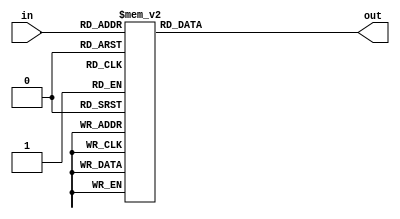
`define SYMBOL_WIDTH 4
`define N 10
`define K 8

module Symbol_Lookup
(
  input   wire [`SYMBOL_WIDTH-1:0] in,
  output  reg  [`SYMBOL_WIDTH-1:0] out
);
  always @* begin
    case(in)
      4'd0  : out <= 4'b0000;
      4'd1  : out <= 4'b1000;
      4'd2  : out <= 4'b0100;
      4'd3  : out <= 4'b0010;
      4'd4  : out <= 4'b0001;
      4'd5  : out <= 4'b1100;
      4'd6  : out <= 4'b0110;
      4'd7  : out <= 4'b0011;
      4'd8  : out <= 4'b1101;
      4'd9  : out <= 4'b1010;
      4'd10 : out <= 4'b0101;
      4'd11 : out <= 4'b1110;
      4'd12 : out <= 4'b0111;
      4'd13 : out <= 4'b1111;
      4'd14 : out <= 4'b1011;
      4'd15 : out <= 4'b1001;
    endcase
  end
endmodule

module Index_Lookup
(
  input   wire [`SYMBOL_WIDTH-1:0] in,
  output  reg  [`SYMBOL_WIDTH-1:0] out
);
  always @* begin
    case(in)
      4'b0000 : out <= 4'd0 ;
      4'b1000 : out <= 4'd1 ;
      4'b0100 : out <= 4'd2 ;
      4'b0010 : out <= 4'd3 ;
      4'b0001 : out <= 4'd4 ;
      4'b1100 : out <= 4'd5 ;
      4'b0110 : out <= 4'd6 ;
      4'b0011 : out <= 4'd7 ;
      4'b1101 : out <= 4'd8 ;
      4'b1010 : out <= 4'd9 ;
      4'b0101 : out <= 4'd10;
      4'b1110 : out <= 4'd11;
      4'b0111 : out <= 4'd12;
      4'b1111 : out <= 4'd13;
      4'b1011 : out <= 4'd14;
      4'b1001 : out <= 4'd15;
    endcase
  end
endmodule